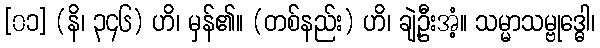
[၀၁] (နိ၊ ၃၄၆) ဟိ၊ မှန်၏။ (တစ်နည်း) ဟိ၊ ချဲ့ဦးအံ့။ သမ္မာသမ္ဗုဒ္ဓေါ၊